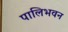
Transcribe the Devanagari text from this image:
पालिभवन